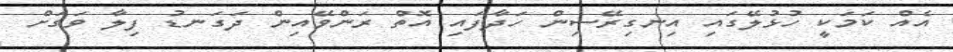
އެއް ކަމަކީ ހުޅުލޭގައި އިނގިރޭސިން ހަދާފައި އޮތް ރަންވޭއިން ދަގަނޑު ފިލާ ވަގަށް